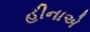
હીનાએ